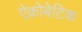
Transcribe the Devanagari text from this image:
ऐक्रोबेटिक